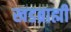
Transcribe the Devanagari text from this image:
खडब्राह्मी